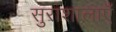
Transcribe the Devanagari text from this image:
सुराशालाएँ